system: You are a helpful assistant.
user:
Analyze the provided spectrum to determine if it is a **S-type Star**.

- **Key Indicators for S-type Star:**

    - **(Overall Spectrum Shape):** The first and most obvious characteristic is the overall continuum (the "baseline" shape). It is **extremely "red-sloping,"** meaning the flux (light intensity) is very low on the left side (blue, ~4000-4500 Å) and rises steeply and continuously toward the right side (red, ~7000 Å+).

    - **(Primary):** The spectrum is defined by the presence of strong, broad molecular absorption "valleys" (bands) from **Zirconium Oxide (ZrO)**. The identification of these bands is the **primary requirement** for classifying a star as S-type.
        - **(Key Bandheads):** You must find distinct, deep "dips" where the light has been absorbed. The most critical band systems to locate are:
            - **~6474 Å** ($\gamma$-system): This is often the strongest and clearest ZrO feature, found in the red part of the spectrum.
            - **~5718 Å** & **~5551 Å** ($\beta$-system): A pair of prominent absorption features in the yellow-orange part of the spectrum.
            - **~4640 Å** ($\alpha$-system): A key absorption band system in the blue-green region of the spectrum.

    - **(Secondary Confirmation):** The classification is strengthened by finding additional absorption bands from other related heavy element oxides, which are expected to be present alongside ZrO.
        - **(Key Bandheads):**
            - **Yttrium Oxide (YO):** Look for absorption dips near **~4800 Å** and **~6100 Å**.
            - **Lanthanum Oxide (LaO):** Additional absorption features, particularly in the red-orange part of the spectrum, are also characteristic.

    - **(Line Profile):** The combination of the steep red continuum and these numerous, deep molecular bands (ZrO, YO, etc.) gives the entire spectrum a very **"chopped-up"** or **"bumpy"** appearance. Instead of a smooth curve, the spectrum looks as though large, wide chunks of light have been "carved out" of it at the specific wavelengths listed above.

Think first, call **spectral_visualization_tool** if needed to examine features in detail, then provide your final answer. Your response must adhere to the following strict rules:
1.  **Overall Structure:** Your response must follow the format `<think>...</think> <tool_call>...</tool_call> (if a tool is used) <answer>...</answer>`.
2.  **Tool Usage Constraint:** You may only make **one** tool call per turn.
3.  **Final Answer Format:** In the `<answer>` tag, your conclusion must be inside a `\boxed{}` command (e.g., `\boxed{YES}` or `\boxed{NO}`), followed by your justification.

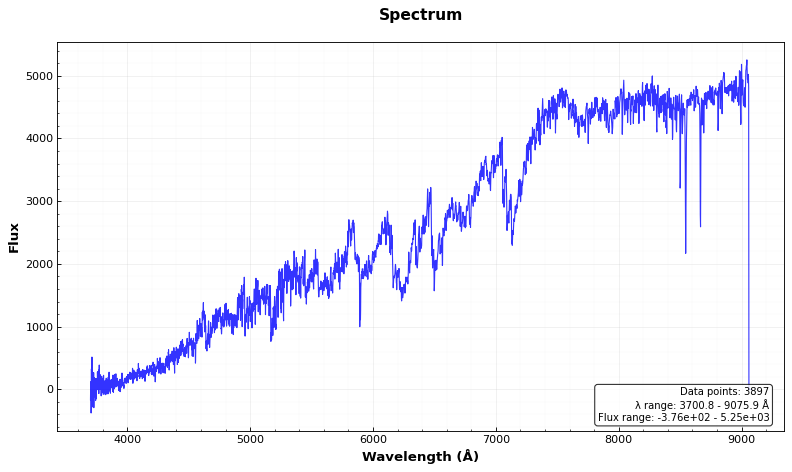
Answer: YES